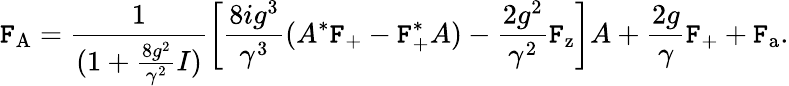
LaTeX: \mathtt{F}_{\mathrm{{A}}}=\frac{{1}}{{(1+\frac{{8g^{2}}}{{\gamma^{2}}}I)}}\left[\frac{{8ig^{3}}}{{\gamma^{3}}}(A^{*}\mathtt{F}_{\mathrm{{+}}}-\mathtt{F}_{\mathrm{{+}}}^{*}A)-\frac{{2g^{2}}}{{\gamma^{2}}}\mathtt{F}_{\mathrm{{z}}}\right]A+\frac{{2g}}{{\gamma}}\mathtt{F}_{\mathrm{{+}}}+\mathtt{F}_{\mathrm{{a}}}.